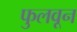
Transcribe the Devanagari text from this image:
फुलवून